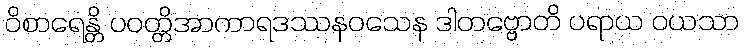
ဝိစာရေန္တိ ပဝတ္တိအာကာရဒဿနဝသေန ဒါတဗ္ဗောတိ ပရာယ ဝယသာ